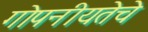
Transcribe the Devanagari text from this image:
गोपनीयतेचे